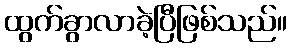
ထွက်ခွာလာခဲ့ပြီဖြစ်သည်။